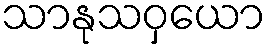
သာနုသဝှယော